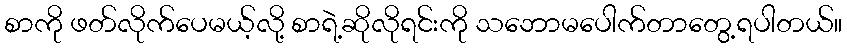
စာကို ဖတ်လိုက်ပေမယ့်လို့ စာရဲ့ဆိုလိုရင်းကို သဘောမပေါက်တာတွေ့ရပါတယ်။